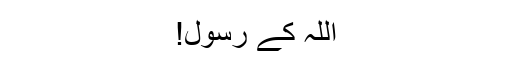
اللہ کے رسول!